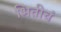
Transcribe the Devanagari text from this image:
भितीचं